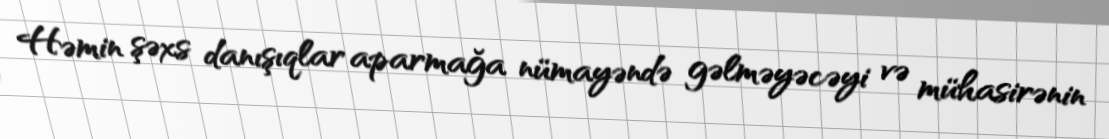
Həmin şəxs danışıqlar aparmağa nümayəndə gəlməyəcəyi və mühasirənin